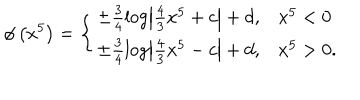
LaTeX: \phi \left( x ^ { 5 } \right) = \left\{ \begin{array} { l l } { { \pm \frac { 3 } { 4 } \log \left| \frac { 4 } { 3 } x ^ { 5 } + c \right| + d , } } & { { x ^ { 5 } < 0 } } \\ { { \pm \frac { 3 } { 4 } \log \left| \frac { 4 } { 3 } x ^ { 5 } - c \right| + d , } } & { { x ^ { 5 } > 0 . } } \\ \end{array} \right.